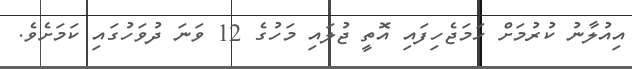
އިއުލާނު ކުރުމަށް ހަމަޖެހިފައި އޮތީ ޖުލައި މަހުގެ 12 ވަނަ ދުވަހުގައި ކަމަށެވެ.